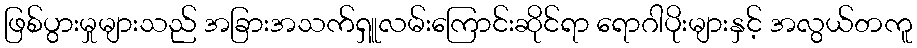
ဖြစ်ပွားမှုများသည် အခြားအသက်ရှူလမ်းကြောင်းဆိုင်ရာ ရောဂါပိုးများနှင့် အလွယ်တကူ